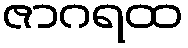
ဇာဂရထ